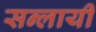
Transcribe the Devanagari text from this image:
सन्लायी